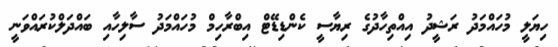
ހިޔަލީ މުހައްމަދު ރަޝީދު އިއްތިހާދުގެ ރިޔާސީ ކެންޑިޑޭޓް އިބްރާހިމް މުހައްމަދު ސާލިހާއި ބައްދަލްކުރައްވަނީ